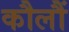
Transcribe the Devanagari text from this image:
कौलौं